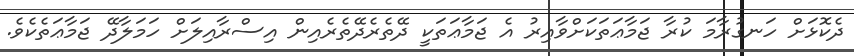
ދެކޮޅަށް ހަނގުރާމަ ކުރާ ޖަމާޢަތަކަށްވާއިރު އެ ޖަމާޢަތަކީ ދޭތެރެދޭތެރެއިން އިސްރާއިލަށް ހަމަލާދޭ ޖަމާޢަތެކެވެ.